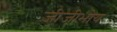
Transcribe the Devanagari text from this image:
जीजीभोय